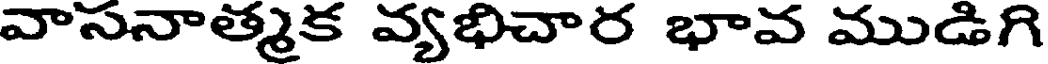
వాసనాత్మక వ్యభిచార భావ ముడిగి